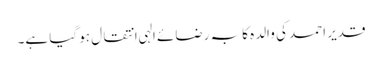
قدیر احمد کی والدہ کا بہ رضائے الہی انتقال ہو گیا ہے۔